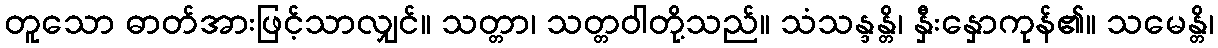
တူသော ဓာတ်အားဖြင့်သာလျှင်။ သတ္တာ၊ သတ္တဝါတို့သည်။ သံသန္ဒန္တိ၊ နှီးနှောကုန်၏။ သမေန္တိ၊